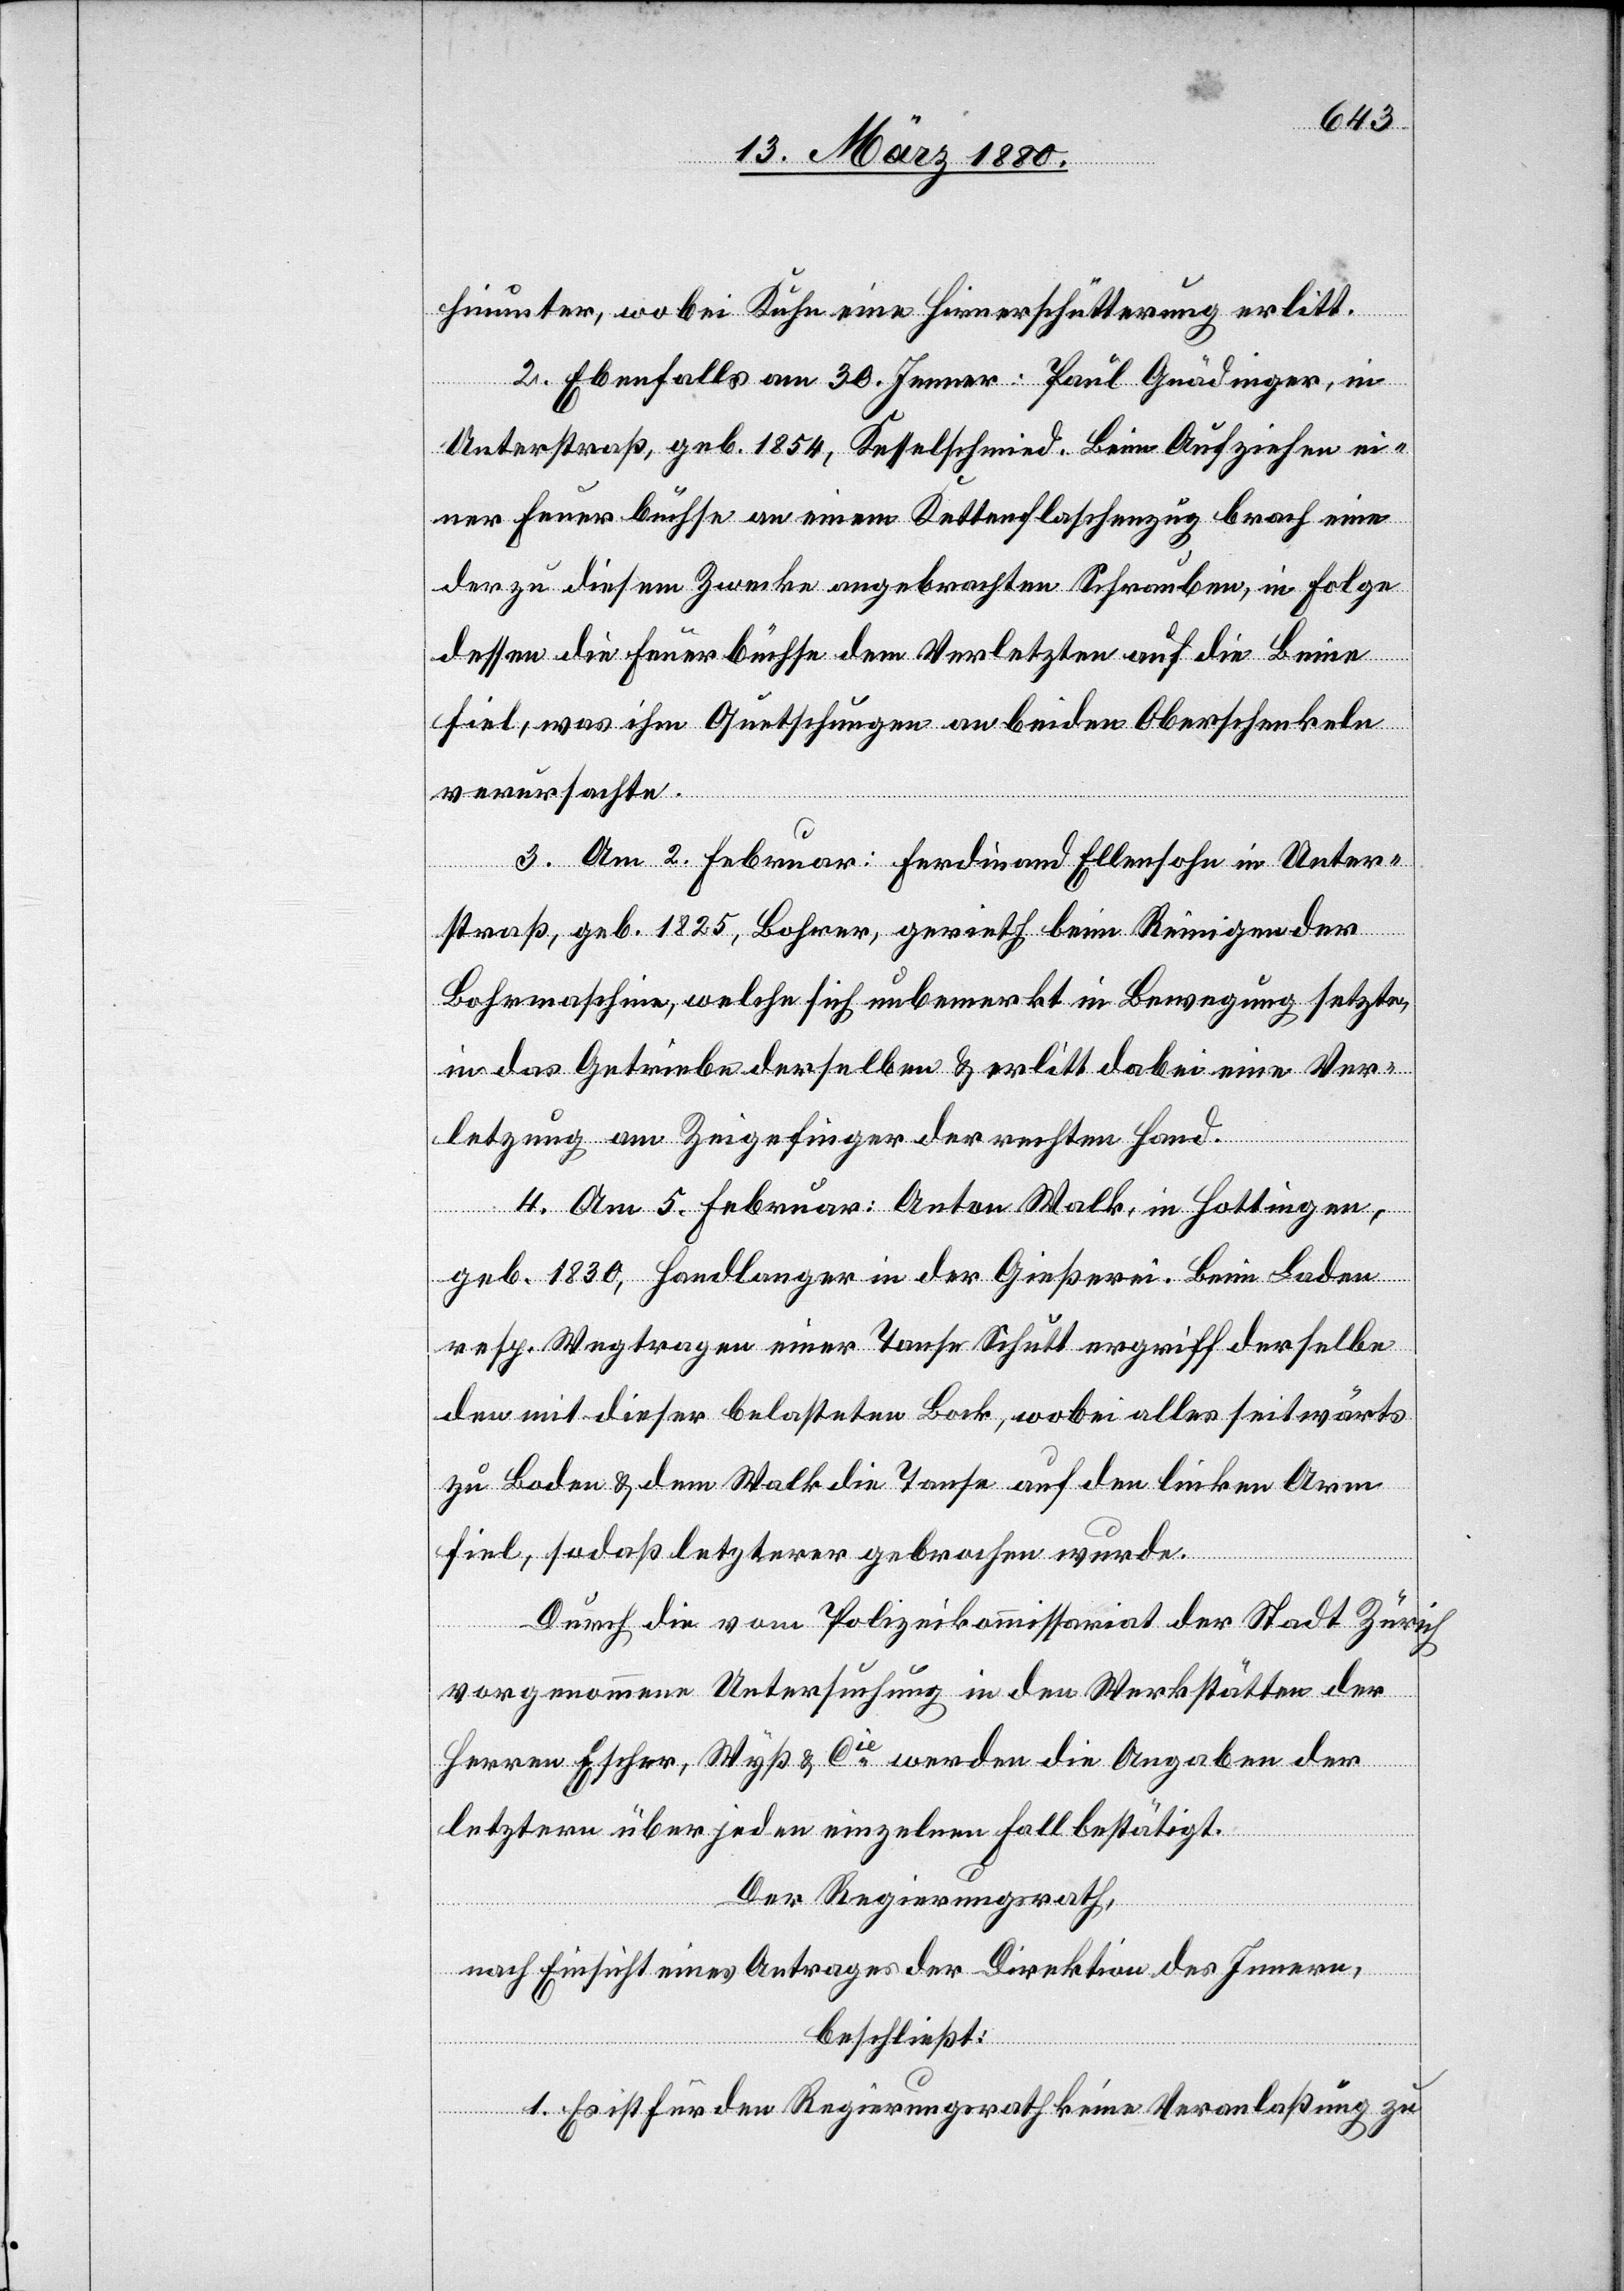
hinunter, wobei Kuhn eine Hirnerschütterung erlitt.
2. Ebenfalls am 30. Jenner: Paul Gnädinger, in
Unterstraß, geb. 1854, Kesselschmied. Beim Aufziehen ei¬
ner Feuerbuchse an einem Kettenflaschenzug brach eine
der zu diesem Zwecke angebrachten Schrauben, in Folge
dessen die Feuerbüchse dem Verletzten auf die Beine
fiel, was ihm Quetschungen an beiden Oberschenkeln
verursachte.
3. Am 2. Februar: Ferdinand Ellensohn in Unter¬
straß, geb. 1825, Bohrer, gerieth beim Reinigen der
Bohrmaschine, welche sich unbemerkt in Bewegung setzt,
in das Getriebe derselben & erlitt dabei eine Ver¬
letzung am Zeigefinger der rechten Hand.
4. Am .5. Februar: Anton Walk, in Hottingen,
geb. 1830, Handlanger in der Gießerei. Beim Laden
resp. Wegtragen einer Tanse Schutt ergriff derselbe
den mit dieser belasteten Bock, wobei alles seitwärts
zu Boden & dem Walk die Tanse auf den linken Arm
fiel, sodaß letzterer gebrochen wurde.
Durch die vom Polizeikommando der Stadt Zürich
vorgenommene Untersuchung in den Werkstätten der
Herren Escher, Wyß & Cie werden die Angaben der
letztern über jeden einzelnen Fall bestätigt.
Der Regierungsrath,
nach Einsicht eines Antrages der Direktion des Innern,
beschließt:
1. Es ist für den Regierungsrath keine Veranlaßung zu